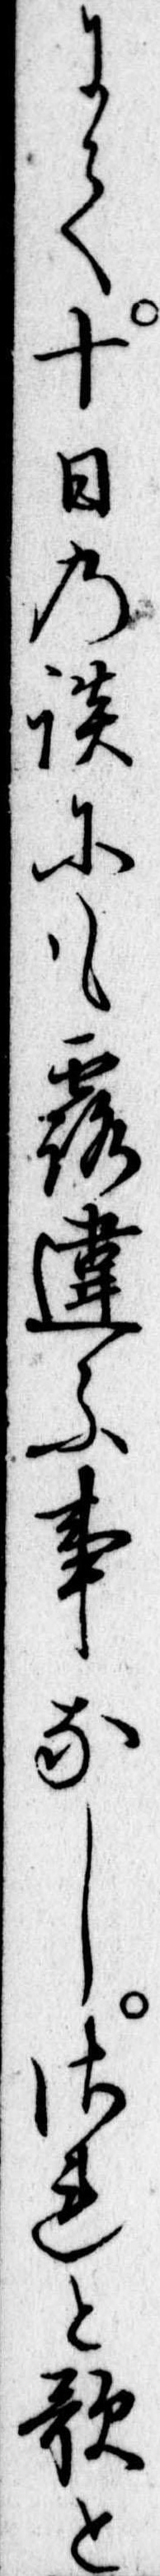
にて十日の談にも露違ふ事なしされと歌と